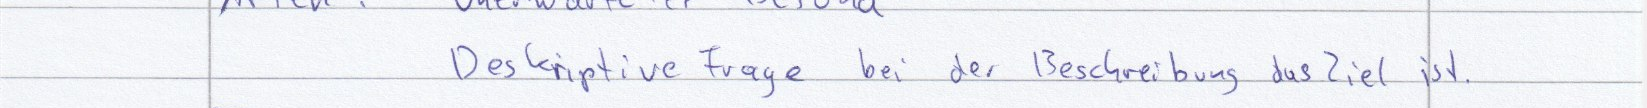
Deskriptive Frage bei der Beschreibung das Ziel ist.